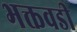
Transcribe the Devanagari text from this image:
भक्तवडी